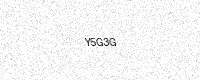
Text: Y5G3G